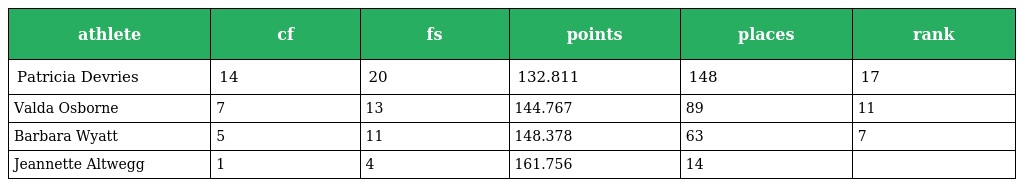
| athlete | cf | fs | points | places | rank |
 | --- | --- | --- | --- | --- | --- |
 | Patricia Devries | 14 | 20 | 132.811 | 148 | 17 |
 | Valda Osborne | 7 | 13 | 144.767 | 89 | 11 |
 | Barbara Wyatt | 5 | 11 | 148.378 | 63 | 7 |
 | Jeannette Altwegg | 1 | 4 | 161.756 | 14 |  |